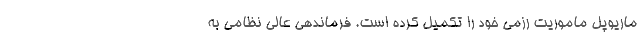
ماریوپل ماموریت رزمی خود را تکمیل کرده است. فرماندهی عالی نظامی به